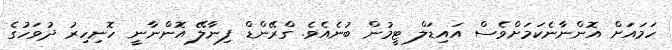
ހަމައަށް އޮންނާނެކަމަށްވެސް އައިޑަލް ޓީމުން ބުނެއެވެ. ގްރޭންޑް ފިނާލޭ އޮންނާނީ ހޮނިހިރު ދުވަހުގެ